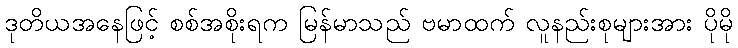
ဒုတိယအနေဖြင့် စစ်အစိုးရက မြန်မာသည် ဗမာထက် လူနည်းစုများအား ပိုမို